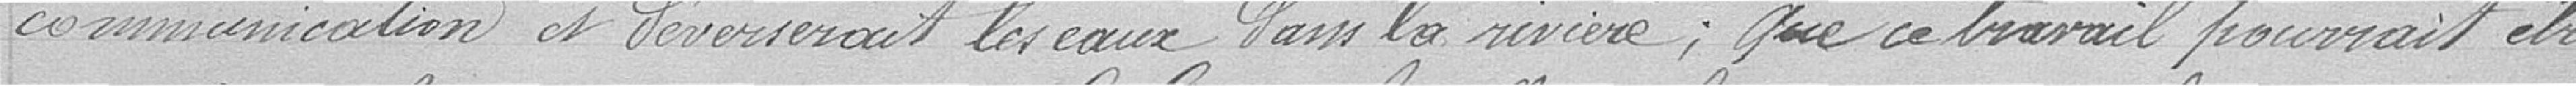
communication et traverserait les eaux dans la rivière ; que ce travail pourrait être